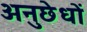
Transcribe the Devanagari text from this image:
अनुछेधों